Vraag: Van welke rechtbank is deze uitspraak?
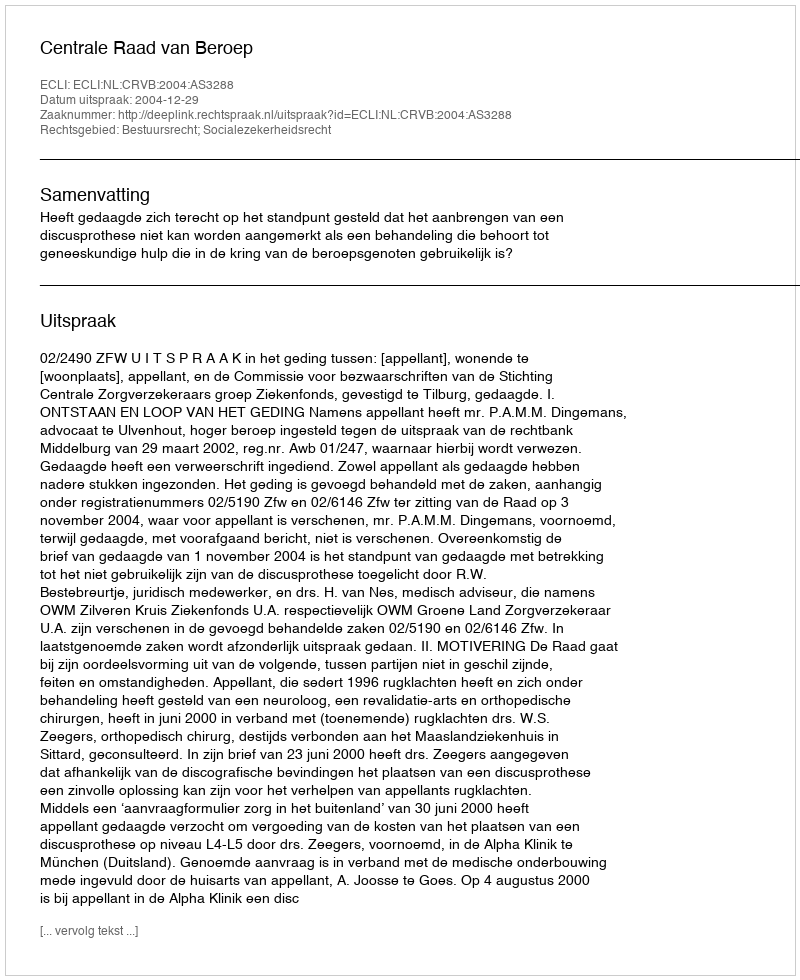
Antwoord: Centrale Raad van Beroep